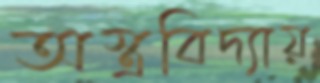
অস্ত্রবিদ্যায়